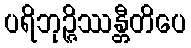
ပရိဘုဉ္ဇိဿန္တီတိပေ